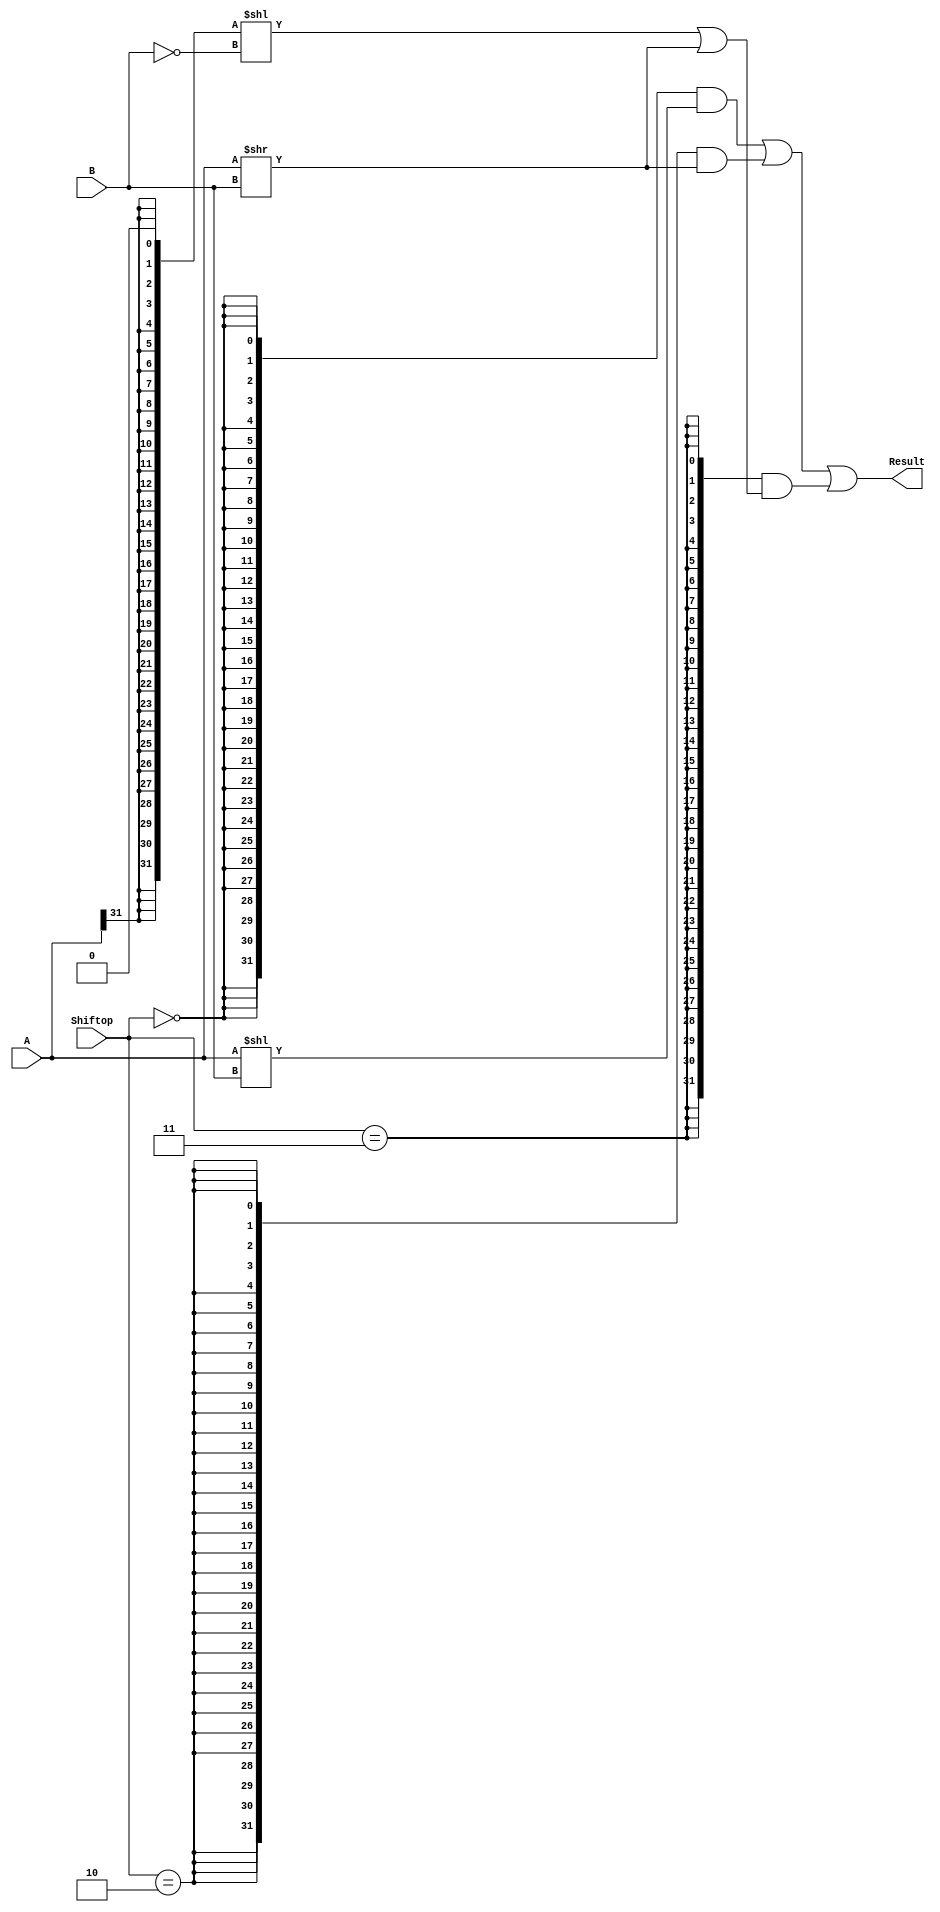
`timescale 10 ns / 1 ns

`define DATA_WIDTH 32

module shifter (
    input  [`DATA_WIDTH - 1:0] A,
    input  [              4:0] B,
    input  [              1:0] Shiftop,
    output [`DATA_WIDTH - 1:0] Result
);
    // TODO: Please add your logic code here

    wire isLeft = Shiftop == 2'b00;
    wire isLogicRight = Shiftop == 2'b10;
    wire isArithRight = Shiftop == 2'b11;
    
    wire [31:0] AleftB = A << B;
    wire [31:0] AlogicRightB = A >> B;
    wire [31:0] AarithRightB = ({{31{A[31]}}, 1'b0} << (~B[4:0])) | (A >> B[4:0]);

    assign Result = {32{isLeft}} & AleftB
                  | {32{isLogicRight}} & AlogicRightB
                  | {32{isArithRight}} & AarithRightB;
endmodule